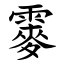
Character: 䨫